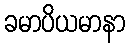
ခမာပိယမာနာ